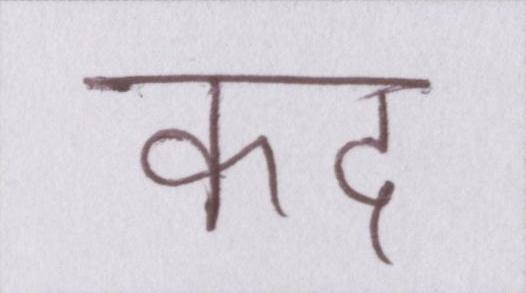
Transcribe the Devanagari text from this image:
कद